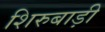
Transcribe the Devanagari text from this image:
शिरुबाड़ी